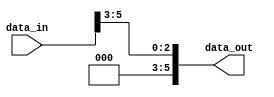
module Right_Shift_3(data_in, data_out);
    input [5:0] data_in;
    output [5:0] data_out;

    assign data_out = data_in >> 3;
endmodule